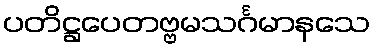
ပတိဋ္ဌပေတဗ္ဗမသင်္ဂမာနသေ